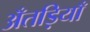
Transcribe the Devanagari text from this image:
अँतड़ियाँ